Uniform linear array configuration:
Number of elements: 32
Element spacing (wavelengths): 0.5
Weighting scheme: blackman
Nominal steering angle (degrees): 30
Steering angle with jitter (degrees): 29.047
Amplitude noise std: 0.05
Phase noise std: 0.05

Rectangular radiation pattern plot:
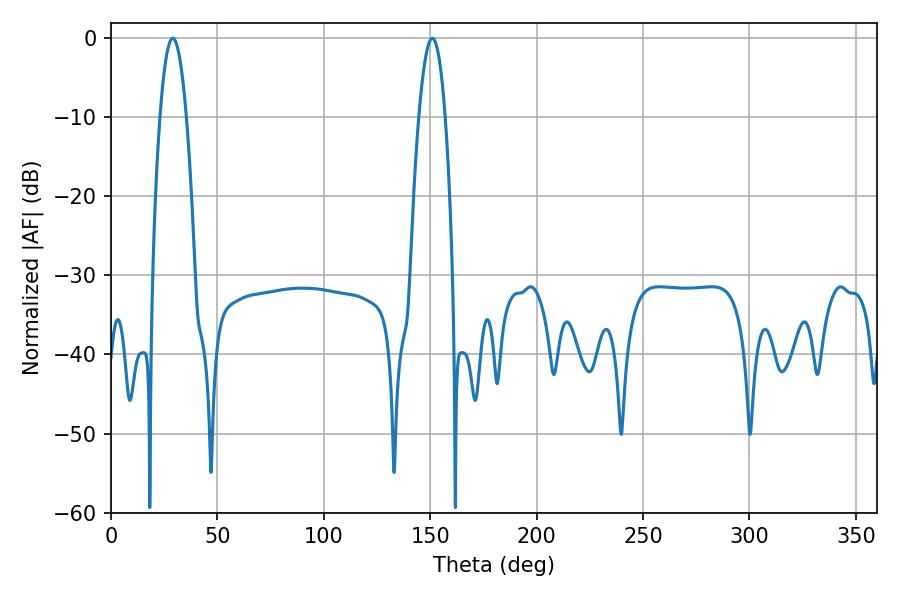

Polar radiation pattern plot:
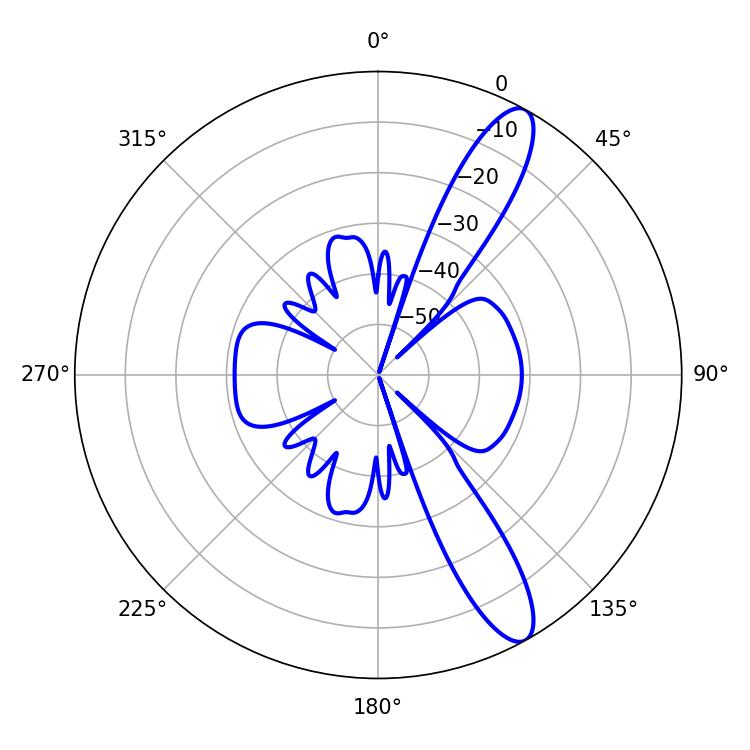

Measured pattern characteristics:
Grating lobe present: FALSE
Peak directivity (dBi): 12.049
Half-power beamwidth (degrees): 6.66
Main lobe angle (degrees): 28.98